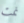
نمت